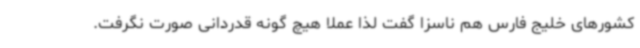
کشورهای خلیج فارس هم ناسزا گفت لذا عملا هیچ گونه قدردانی صورت نگرفت.